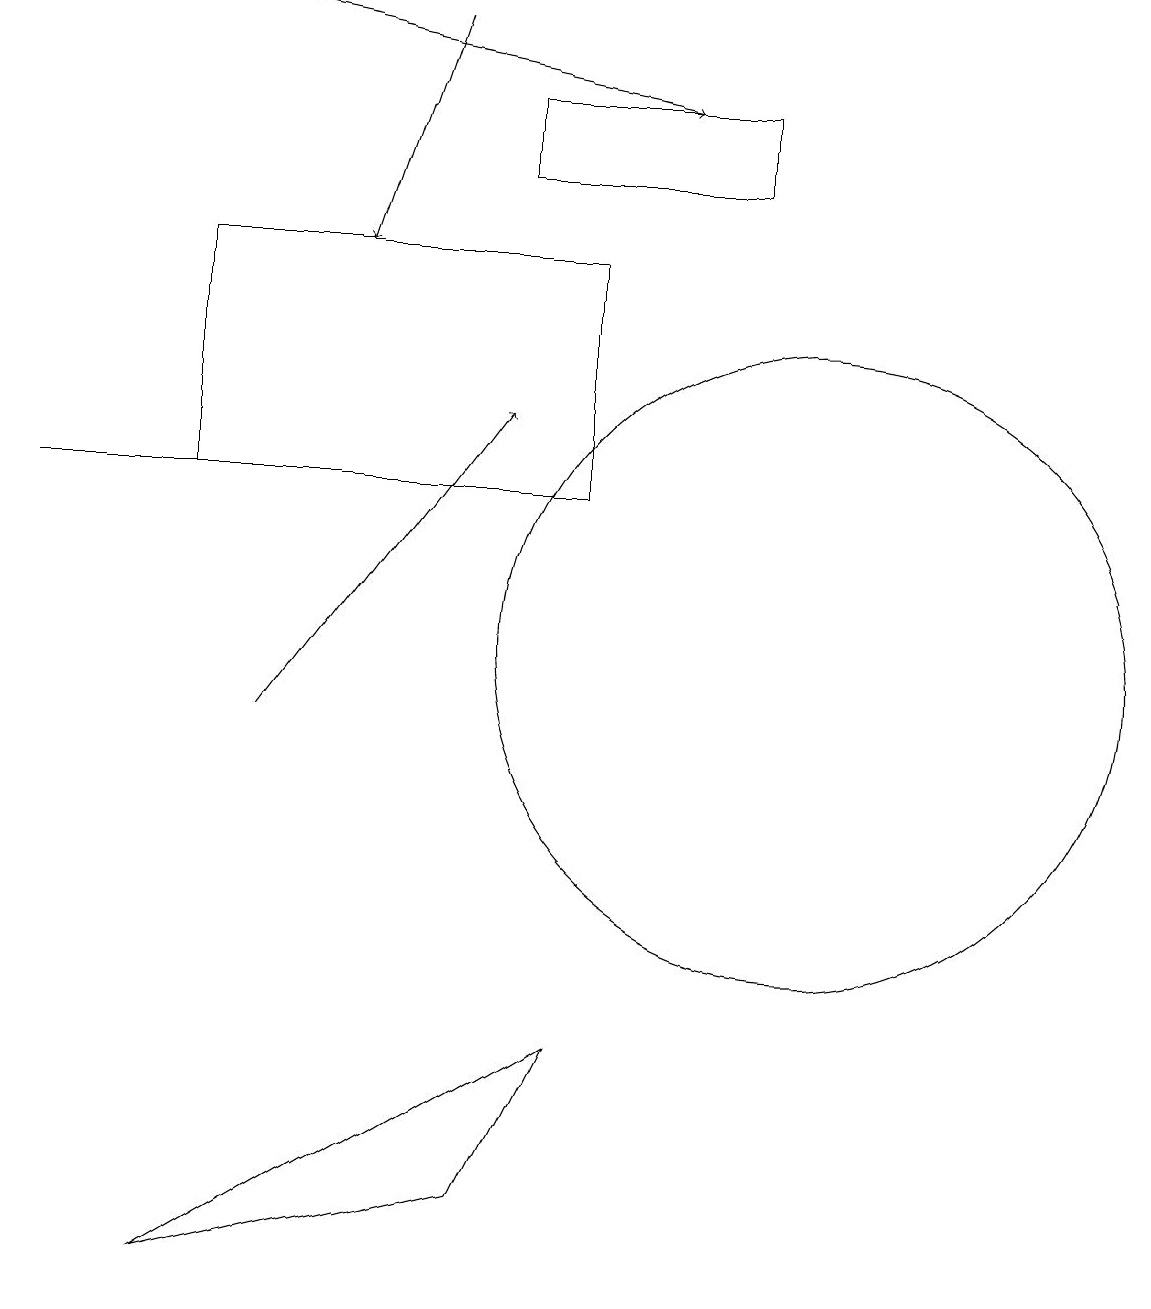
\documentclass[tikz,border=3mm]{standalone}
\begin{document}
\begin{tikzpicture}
\draw (10,11) circle (4);
\draw[->] (3,10) -- (6,14);
\draw (0,13) rectangle (4,13);
\draw[->] (5,19) -- (4,16);
\draw (7,16) rectangle (2,13);
\draw (2,3) -- (6,4) -- (7,6) -- cycle;
\draw (6,18) rectangle (9,17);
\draw[->] (3,19) -- (8,18);
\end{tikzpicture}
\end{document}